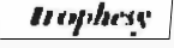
trophesy